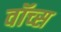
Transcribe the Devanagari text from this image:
वॉच्स